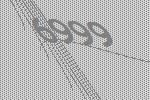
6999